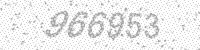
Solution: 966953